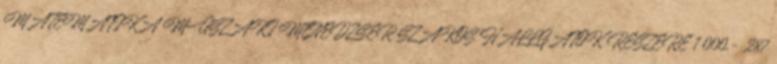
MATEMATIKA MŰSZAKI MENEDZSER SZAKOS HALLGATÓK RÉSZÉRE 1 000,- 287